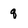
Character: q